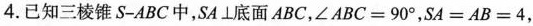
4.已知三棱锥S-ABC中，SA\perp底面ABC，$$∠ABC = 90°$$，$$SA = AB = 4$$，